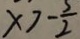
x > - \frac { 3 } { 2 }